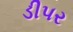
ડીપર